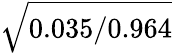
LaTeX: \sqrt{0.035/0.964}